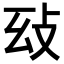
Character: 𢻽